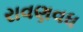
રાવણવધ